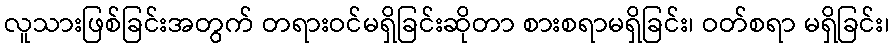
လူသားဖြစ်ခြင်းအတွက် တရားဝင်မရှိခြင်းဆိုတာ စားစရာမရှိခြင်း၊ ဝတ်စရာ မရှိခြင်း၊